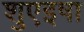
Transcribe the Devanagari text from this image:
शुएइषा